Indian journal of veterinary science and animal husbandry - Volumes 24-25, 1954-1955
Year: 1954
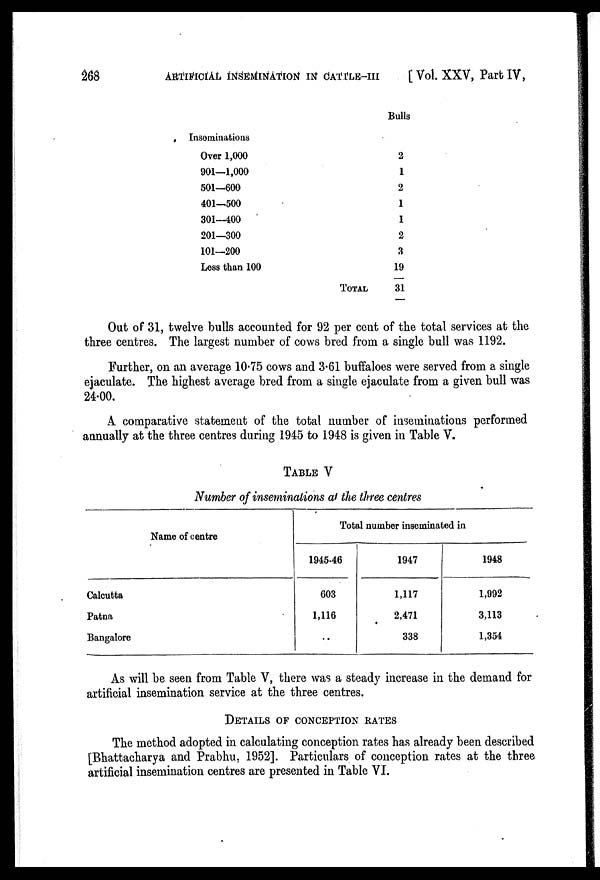
268
ARTIFICIAL INSEMINATION IN CATTLE-III [Vol. XXV, Part IV,
Inseminations
Over 1,000
901—1,000
501—600
401—500
301—400
201—300
101—200
Loss than 100
Bulls
2
1
2
1
1
2
3
19
TOTAL
31
Out of 31, twelve bulls accounted for 92 per cent of the total services at the
three centres. The largest number of cows bred from a single bull was 1192.
Further, on an average 10.75 cows and 3.61 buffaloes were served from a single
ejaculate. The highest average bred from a single ejaculate from a given bull was
24.00.
A comparative statement of the total number of inseminations performed
annually at the three centres during 1945 to 1948 is given in Table V.
TABLE V
Number of inseminations at the three centres
Name of centre
Calcutta
Patna
Bangalore
Total number inseminated in
603
1,116
..
1,117
2,471
338
1,992
3,113
1,354
As will be seen from Table V, there was a steady increase in the demand for
artificial insemination service at the three centres.
DETAILS OF CONCEPTION RATES
The method adopted in calculating conception rates has already been described
[Bhattacharya and Prabhu, 1952]. Particulars of conception rates at the three
artificial insemination centres are presented in Table VI.